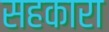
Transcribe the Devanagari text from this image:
सहकारा